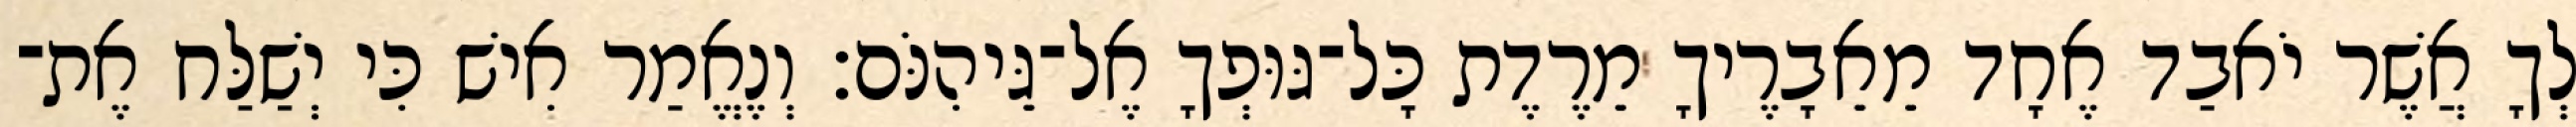
לְךָ אֲשֶׁר יֹאבַד אֶחָד מֵאֵבָרֶיךָ מֵרֶדֶת כָּל־גּוּפְךָ אֶל־גֵּיהִנֹּם׃ וְנֶאֱמַר אִישׁ כִּי יְשַׁלַּח אֶת־